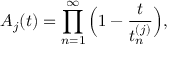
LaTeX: A _ { j } ( t ) = \prod _ { n = 1 } ^ { \infty } \Big ( 1 - \frac { t } { t _ { n } ^ { ( j ) } } \Big ) ,